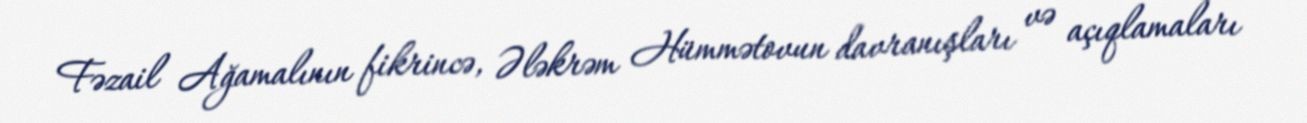
Fəzail Ağamalının fikrincə, Ələkrəm Hümmətovun davranışları və açıqlamaları